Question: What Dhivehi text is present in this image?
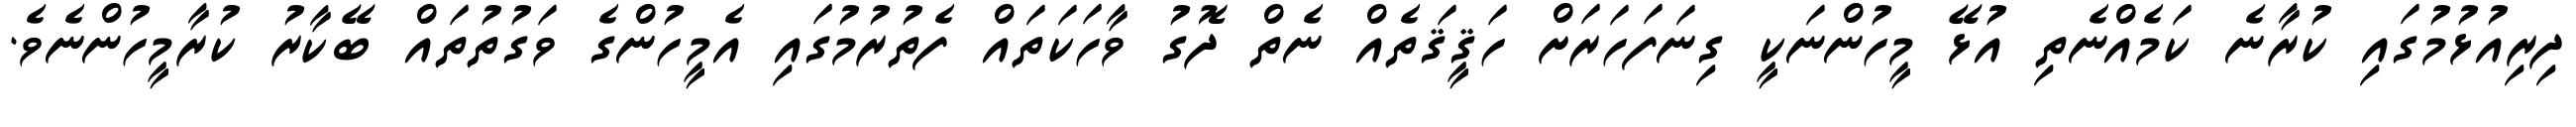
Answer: ދިރިއުޅުމުގައި ކުރާނެ ކަމެއްނެތި އުޅޭ މީހުންނަކީ ގިނަފަހަރަށް ހަޤީޤަތެއް ނެތް ދޮގު ވާހަކަތައް ފެތުރުމުގައި އެމީހުންގެ ވަގުތުތައް ބޭކާރު ކުރާމީހުންނެވެ.